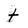
Character: t